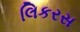
લિકરસ